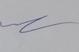
Signature authenticity: genuine